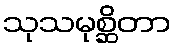
သုသမုစ္ဆိတာ